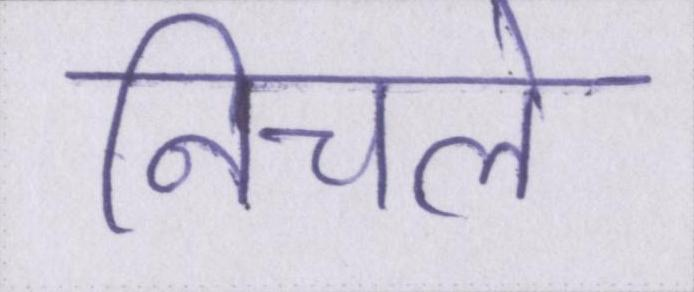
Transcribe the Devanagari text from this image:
निचले